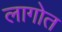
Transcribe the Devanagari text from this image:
लागोत